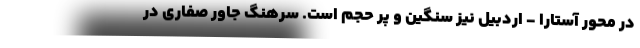
در محور آستارا - اردبیل نیز سنگین و پر حجم است. سرهنگ جاور صفاری در